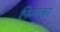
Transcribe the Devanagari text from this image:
फिक्का